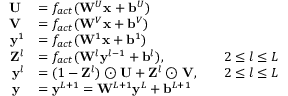
\begin{array} { r l r l } { \mathbf { U } \; } & { = f _ { a c t } ( \mathbf { W } ^ { U } \mathbf { x } + \mathbf { b } ^ { U } ) } & & { } \\ { \mathbf { V } \; } & { = f _ { a c t } ( \mathbf { W } ^ { V } \mathbf { x } + \mathbf { b } ^ { V } ) } & & { } \\ { \mathbf { y } ^ { 1 } } & { = f _ { a c t } ( \mathbf { W } ^ { 1 } \mathbf { x } + \mathbf { b } ^ { 1 } ) } & & { } \\ { \mathbf { Z } ^ { l } } & { = f _ { a c t } ( \mathbf { W } ^ { l } \mathbf { y } ^ { l - 1 } + \mathbf { b } ^ { l } ) , } & & { 2 \le l \le L } \\ { \mathbf { y } ^ { l } } & { = ( 1 - \mathbf { Z } ^ { l } ) \odot \mathbf { U } + \mathbf { Z } ^ { l } \odot \mathbf { V } , } & & { 2 \le l \le L } \\ { \mathbf { y } \; } & { = \mathbf { y } ^ { L + 1 } = \mathbf { W } ^ { L + 1 } \mathbf { y } ^ { L } + \mathbf { b } ^ { L + 1 } } & & { } \end{array}